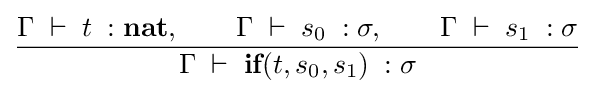
{\frac {\Gamma \;\vdash \;t\;:{\textbf {nat}},\quad \quad \Gamma \;\vdash \;s_{0}\;:\sigma ,\quad \quad \Gamma \;\vdash \;s_{1}\;:\sigma }{\Gamma \;\vdash \;{\textbf {if}}(t,s_{0},s_{1})\;:\sigma }}